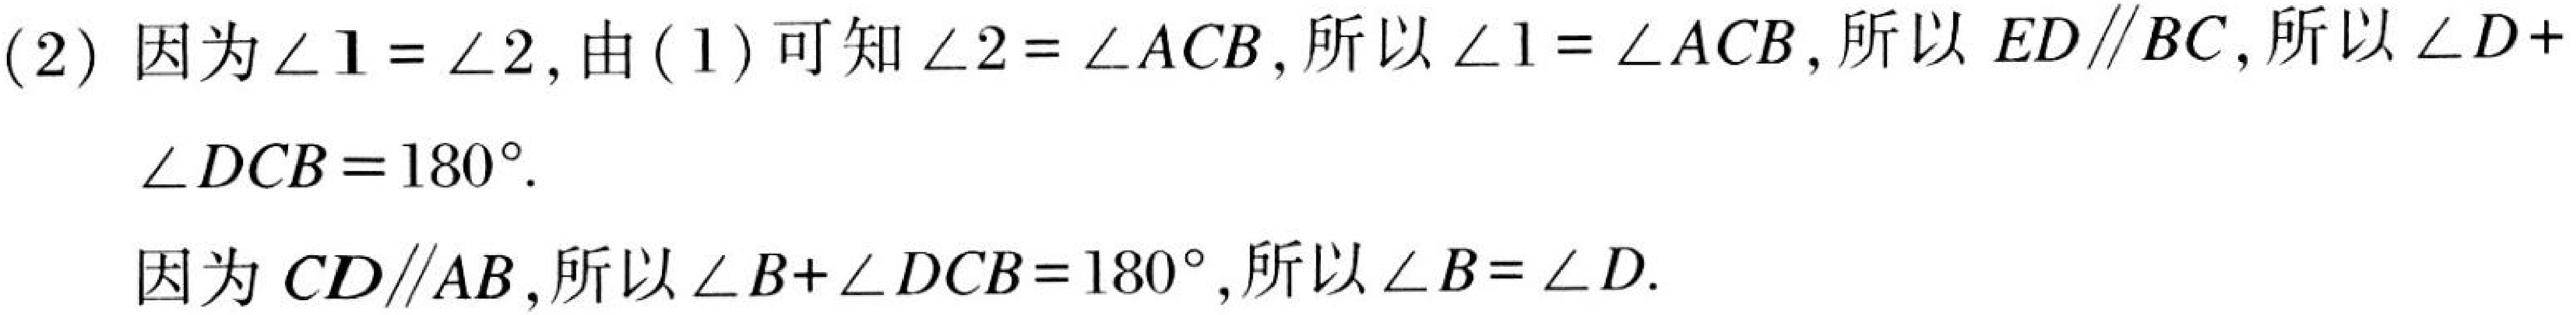
(2) 因为 \(\angle1=\angle2\), 由 (1) 可知 \(\angle2=\angle ACB\), 所以 \(\angle1=\angle ACB\), 所以 \(ED\parallel BC\), 所以 \(\angle D +\angle DCB = 180^{\circ}\).
因为 \(CD\parallel AB\), 所以 \(\angle B+\angle DCB = 180^{\circ}\), 所以 \(\angle B=\angle D\).